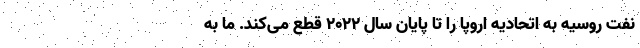
نفت روسیه به اتحادیه اروپا را تا پایان سال ۲۰۲۲ قطع می‌کند. ما به